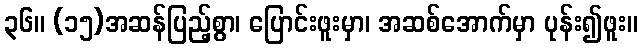
၃၆။ (၁၅)အဆန်ပြည့်စွာ၊ ပြောင်းဖူးမှာ၊ အဆစ်အောက်မှာ ပုန်း၍ဖူး။